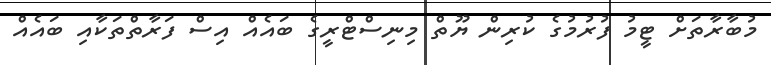
މުބާރާތަށް ޓީމު ފުރުމުގެ ކުރިން ޔޫތް މިނިސްޓްރީގެ ބައެއް އިސް ފަރާތްތަކާއި ބައެއް